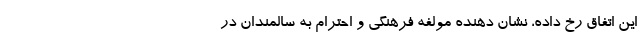
این اتفاق رخ داده، نشان دهنده مولفه فرهنگی و احترام به سالمندان در